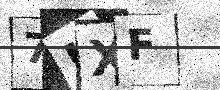
Text: 7KXF